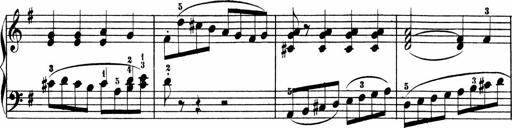
Title: 3 Sonatinen
Composer: Heinrich Lichner